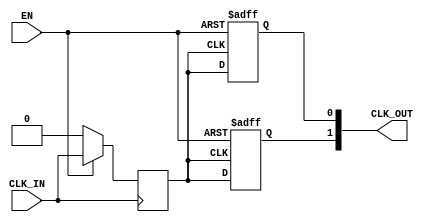
module clock_buffer #(
    parameter NUM_OUTPUTS = 2,         // Number of clock outputs
    parameter DRIVE_STRENGTH = 1        // Drive strength (can be adjusted depending on load)
)(
    input wire CLK_IN,                  // Clock input
    input wire EN,                      // Enable input
    output reg [NUM_OUTPUTS-1:0] CLK_OUT // Clock outputs
);

    // Internal variable for buffered clock
    reg clk_buffered;

    // Clock signal conditioning
    always @(posedge CLK_IN) begin
        if (EN) begin
            clk_buffered <= CLK_IN;  // Buffer the incoming clock when enabled
        end else begin
            clk_buffered <= 1'b0;     // Output low when disabled
        end
    end

    // Drive strength configuration and output management
    genvar i;
    generate
        for (i = 0; i < NUM_OUTPUTS; i = i + 1) begin: output_gen
            always @(posedge clk_buffered or negedge EN) begin
                if (~EN) begin
                    CLK_OUT[i] <= 1'b0;         // Disable output when not enabled
                end else begin
                    // Adjust the drive strength if necessary
                    CLK_OUT[i] <= clk_buffered; // Direct connection for default drive
                end
            end
        end
    endgenerate

    // Optional: Skew management and output stability
    // This may include additional features like delay elements to introduce skew if needed
    // For simplicity, it's not implemented in this example

endmodule